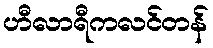
ဟီလာရီကလင်တန်